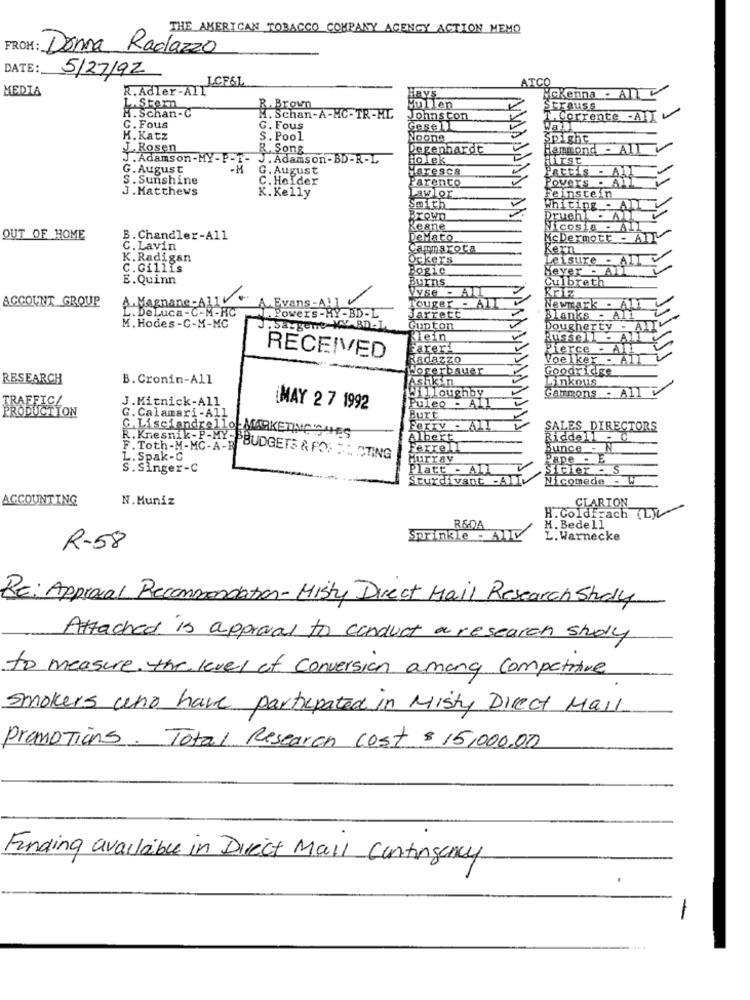
THE AMERICAN TOBACCO COMPANY AGENCY ACTION MEMO
FROM: Donna Ragazzo
DATE:
5/27/92
ICF&L
ATCO
MEDIA
R. Adler-AIT"
RVS
Mckenna . Al
LAStern
R. Brown
Vullen
Strauss
H. Schan-C
M. Schan-A-MC-TR-HC
Johns con
T. Corrente -ADV
C. Fous
G. Fous
K. Katz
S. Pool
Noone
Spighe
Rosen
R. Song
Degenhardt
ammond - AT
J. Adamson-MY- P-1- J. Adamson-BD-R-L
ioTek
Hirst
G. August
G. August
Haresca
Pattis
S. Sunshine
C. Holder
Parento
Powers
J. Matthews
K. Kelly
Lawlor
Feinstein
Smith
Whiting - A
Brown
Pruchl
Keane
Nicosia - All
OUT OF HOME
B. Chandler-All
DeMato
McDermott - All
C. Lavin
Cammarota
Kern
K. Radigan
Ockers
Leisure - AIT
C. Gillis
Bogic
Heyer - All
E.Quinn
Burns
Culbreth
Vyse - AIL
Kriz
ACCOUNT GROUP
Evans-All
Magnane-A1
Powers-MY-BD-L
Touger - ALL
Newmark - A
L. DeLuca-C-M-NC
Jarrett
Blanks - All
M. Hodes-C-M-MC
.Sa_gene WY BD-I
Gupton
Dougherty - All
Klein
Fareri
Pierce - All
RECEIVED
Radazzo
Voelker
Hogerbauer
Goodridge
RESEARCH
B. Cronin-All
Ashkin
Linkous
Willoughby
GAMMONS - AIL
TRAFFIC/
J.Mitnick-All
PRODUCTION
MAY 2 7 1992
Puleo - ALL
G. Calamari-All
Burt
Ferry - AIT
SALES DIRECTORS
C. Lisciandrello MARKETING THES
Albert
Riddell - C
F. Toth-M-MC-A-B
Ferrell
Bunce - N
R. Knesnik-P-MY_BBUDGETS & FO : CTING
L. Spak-C
Hurray
Pape - E
S. Singer-C
Platt - ALL
Sicher - S
Sturdivant -AIT
Nicomede - W
ACCOUNTING
N.Muniz
CLARION
H. Goldfrach (L)
R604
M. Bedell
Sprinkle - Allv
L. Warnecke
R-58
Re: Approval Recommendation-Misty Direct Mail Research Study
Attached is approval to conduct a research shely
to measure. the level of conversion among competitive
smokers who have participated in Misty Direct Mail
Promotions. Total Research cost $ 15,000.00
Finding available in Direct Mail Contingency
-